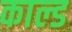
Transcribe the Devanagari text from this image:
काल्ड